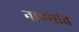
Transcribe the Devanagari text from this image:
नाण्यांत